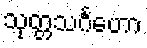
သုတ္တသင်္ဂဟော